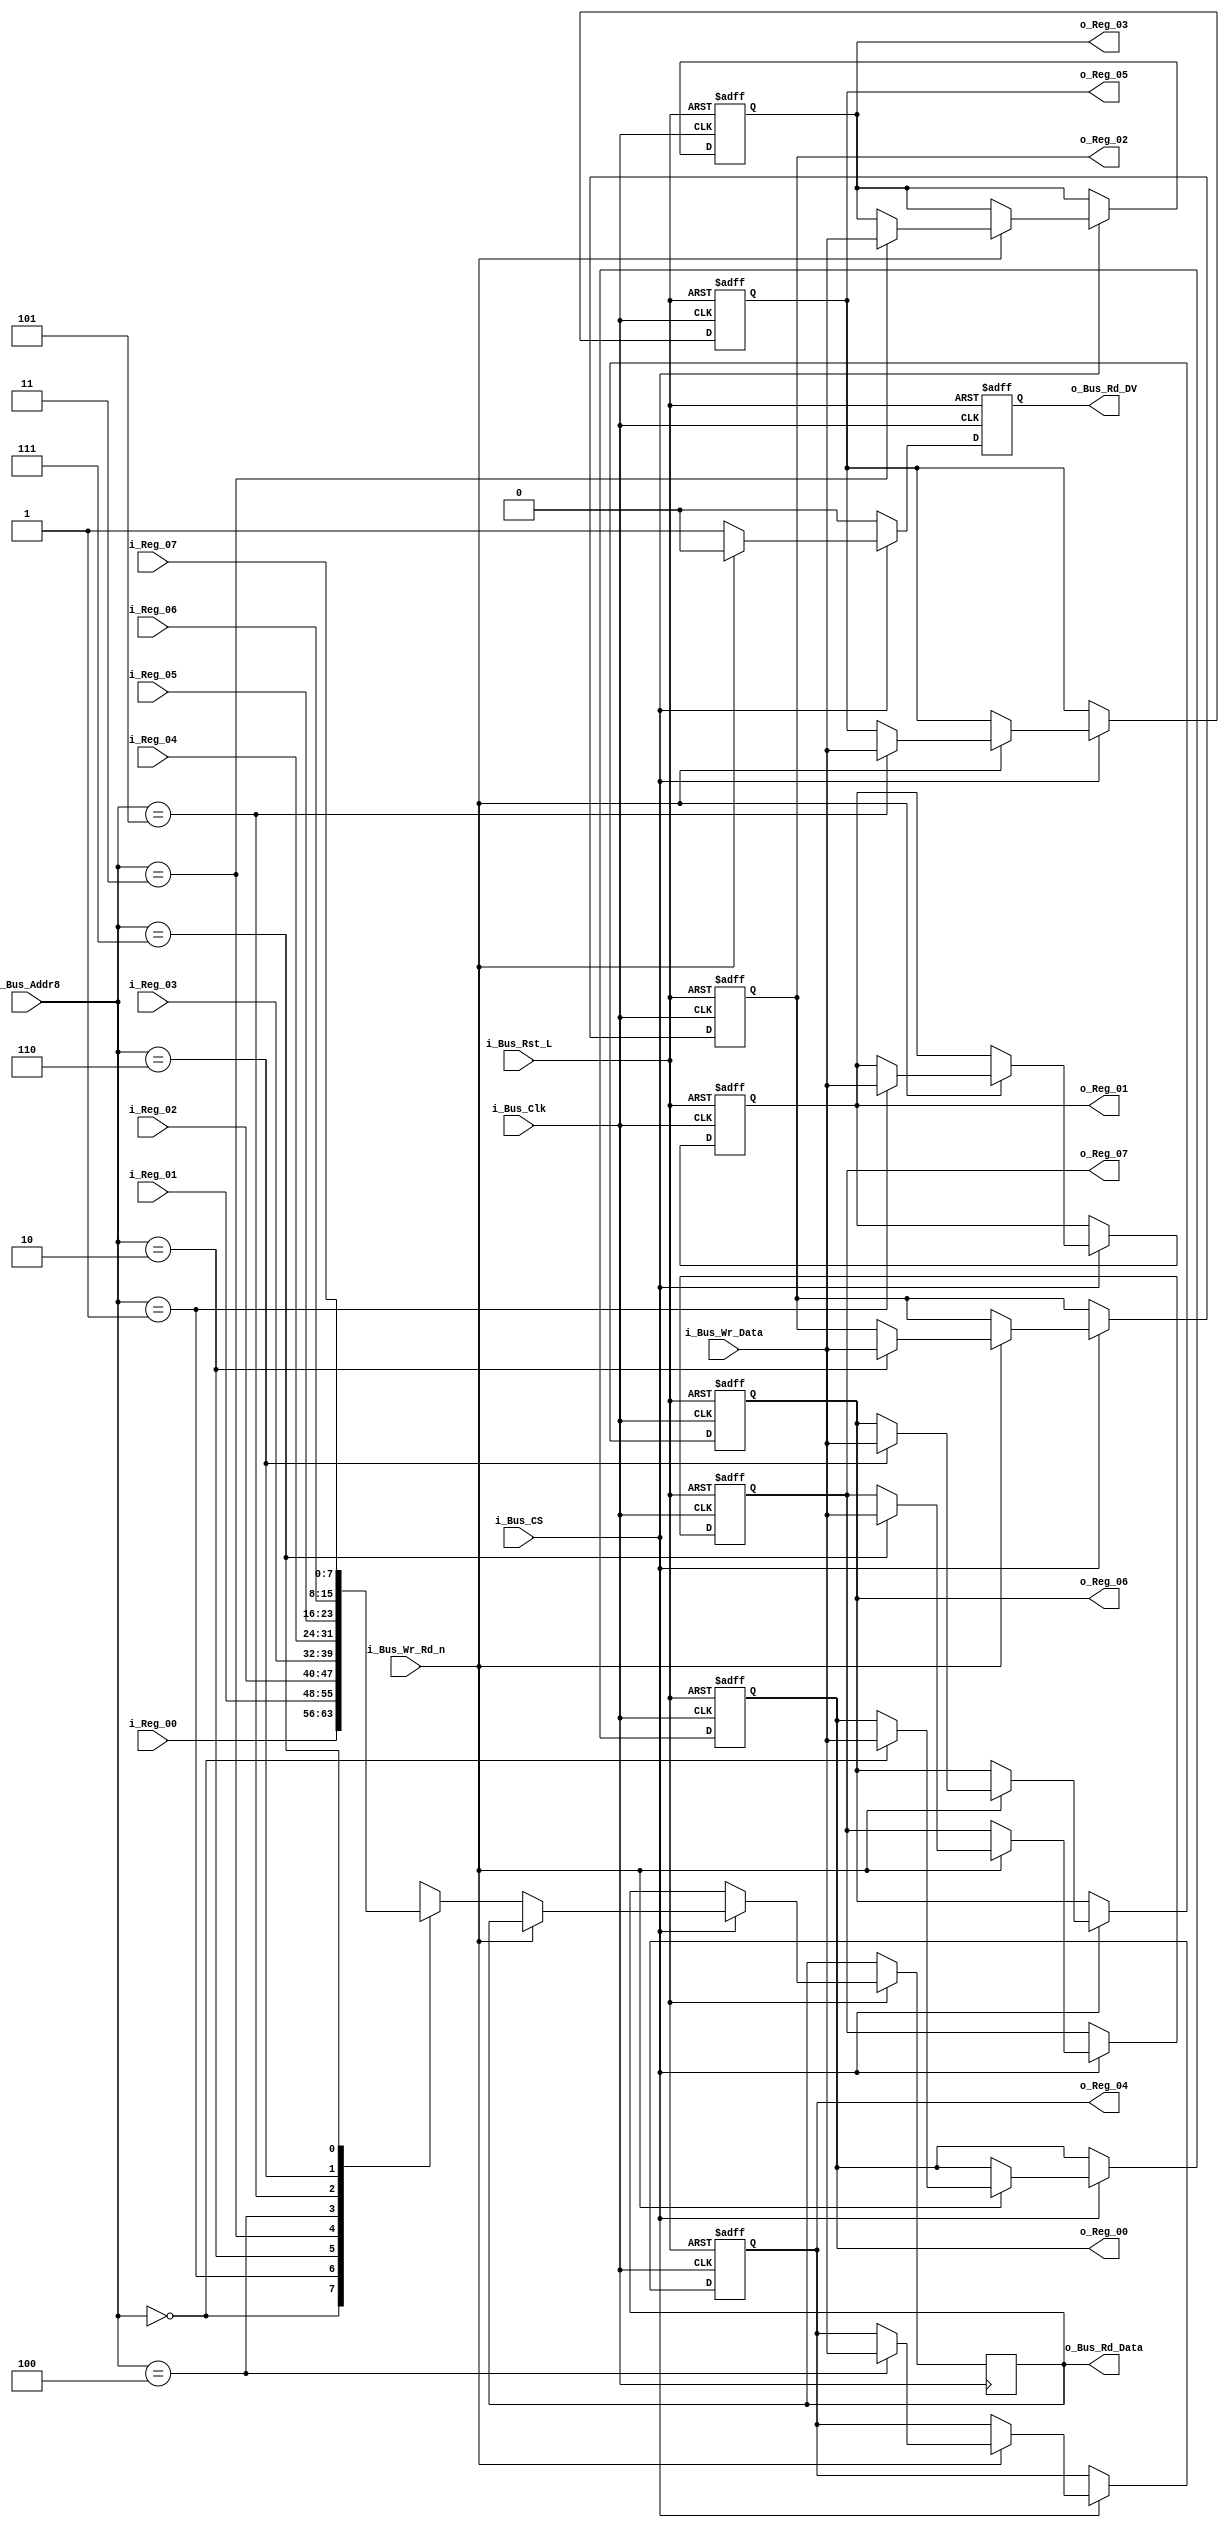
module Bus8_Reg_X8 #(parameter INIT_00  = 0,
                     parameter INIT_01  = 0,
                     parameter INIT_02  = 0,
                     parameter INIT_03  = 0,
                     parameter INIT_04  = 0,
                     parameter INIT_05  = 0,
                     parameter INIT_06  = 0,
                     parameter INIT_07  = 0)
 (input            i_Bus_Rst_L,
  input            i_Bus_Clk,
  input            i_Bus_CS,
  input            i_Bus_Wr_Rd_n,
  input [2:0]      i_Bus_Addr8,
  input [7:0]      i_Bus_Wr_Data,
  output reg [7:0] o_Bus_Rd_Data,
  output reg       o_Bus_Rd_DV,
  input [7:0]      i_Reg_00,
  input [7:0]      i_Reg_01,
  input [7:0]      i_Reg_02,
  input [7:0]      i_Reg_03,
  input [7:0]      i_Reg_04,
  input [7:0]      i_Reg_05,
  input [7:0]      i_Reg_06,
  input [7:0]      i_Reg_07,
  output reg [7:0] o_Reg_00,
  output reg [7:0] o_Reg_01,
  output reg [7:0] o_Reg_02,
  output reg [7:0] o_Reg_03,
  output reg [7:0] o_Reg_04,
  output reg [7:0] o_Reg_05,
  output reg [7:0] o_Reg_06,
  output reg [7:0] o_Reg_07);

  always @(posedge i_Bus_Clk or negedge i_Bus_Rst_L)
  begin
    if (~i_Bus_Rst_L)
    begin
      o_Bus_Rd_DV <= 1'b0;
      o_Reg_00    <= INIT_00;
      o_Reg_01    <= INIT_01;
      o_Reg_02    <= INIT_02;
      o_Reg_03    <= INIT_03;
      o_Reg_04    <= INIT_04;
      o_Reg_05    <= INIT_05;
      o_Reg_06    <= INIT_06;
      o_Reg_07    <= INIT_07;
    end
    else
    begin
      o_Bus_Rd_DV <= 1'b0;

      if (i_Bus_CS == 1'b1)
      begin
        if (i_Bus_Wr_Rd_n == 1'b1) // Write Command
        begin
          case (i_Bus_Addr8[2:0])
          3'b000 : o_Reg_00 <= i_Bus_Wr_Data;
          3'b001 : o_Reg_01 <= i_Bus_Wr_Data;
          3'b010 : o_Reg_02 <= i_Bus_Wr_Data;
          3'b011 : o_Reg_03 <= i_Bus_Wr_Data;
          3'b100 : o_Reg_04 <= i_Bus_Wr_Data;
          3'b101 : o_Reg_05 <= i_Bus_Wr_Data;
          3'b110 : o_Reg_06 <= i_Bus_Wr_Data;
          3'b111 : o_Reg_07 <= i_Bus_Wr_Data;
          endcase
        end
        else // Read Command
        begin
          o_Bus_Rd_DV   <= 1'b1;
          
          case (i_Bus_Addr8[2:0])
          3'b000 : o_Bus_Rd_Data <= i_Reg_00;
          3'b001 : o_Bus_Rd_Data <= i_Reg_01;
          3'b010 : o_Bus_Rd_Data <= i_Reg_02;
          3'b011 : o_Bus_Rd_Data <= i_Reg_03;
          3'b100 : o_Bus_Rd_Data <= i_Reg_04;
          3'b101 : o_Bus_Rd_Data <= i_Reg_05;
          3'b110 : o_Bus_Rd_Data <= i_Reg_06;
          3'b111 : o_Bus_Rd_Data <= i_Reg_07;
          endcase 
        end // else: !if(i_Bus_Wr_Rd_n == 1'b1)
      end // if (i_Bus_CS == 1'b1)
    end // else: !if(!i_Bus_Rst_L)
  end // always @ (posedge i_Bus_Clk or negedge i_Bus_Rst_L)

endmodule